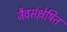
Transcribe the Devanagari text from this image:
जैवसंश्लेषित